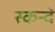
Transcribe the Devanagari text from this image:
स्कन्दे